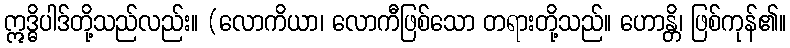
ဣဒ္ဓိပါဒ်တို့သည်လည်း။ (လောကိယာ၊ လောကီဖြစ်သော တရားတို့သည်။ ဟောန္တိ၊ ဖြစ်ကုန်၏။